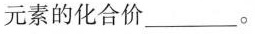
元素的化合价___。